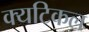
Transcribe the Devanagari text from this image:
क्यटिकल